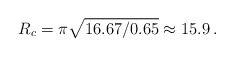
\begin{align*} R_c=\pi \sqrt{16.67/0.65} \approx 15.9 \, . \end{align*}